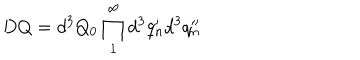
D Q = d ^ { 3 } Q _ { 0 } \prod _ { 1 } ^ { \infty } d ^ { 3 } q _ { n } ^ { \prime } d ^ { 3 } q _ { n } ^ { \prime \prime }